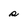
Character: s